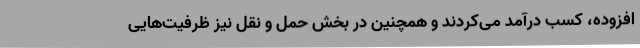
افزوده، کسب درآمد می‌کردند و همچنین در بخش حمل و نقل نیز ظرفیت‌هایی